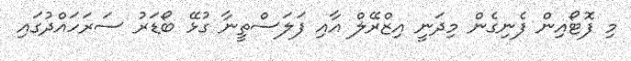
މި ފޮޓޯއިން ފެނިގެން މިދަނީ އިޒްރޭލް އާއި ފަލަސްތީނާ ގުޅޭ ބޯޑަރު ސަރަހައްދުގައި